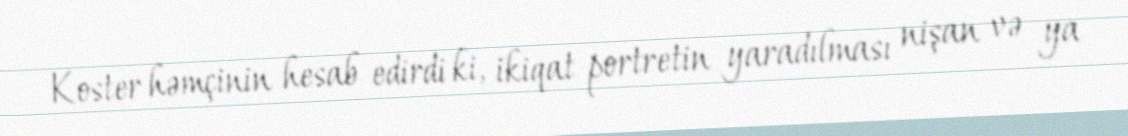
Koster həmçinin hesab edirdi ki, ikiqat portretin yaradılması nişan və ya